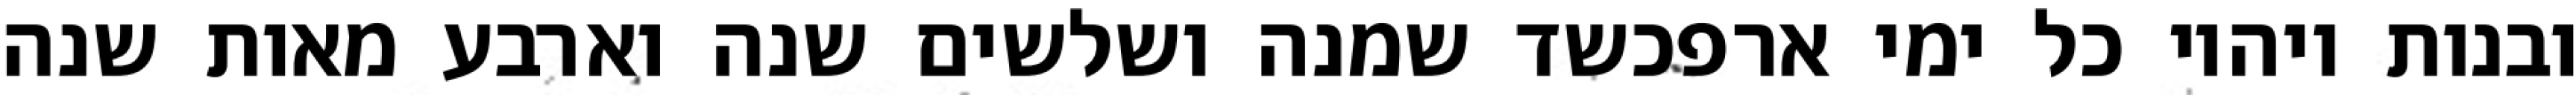
ובנות ויהיו כל ימי ארפכשד שמנה ושלשים שנה וארבע מאות שנה